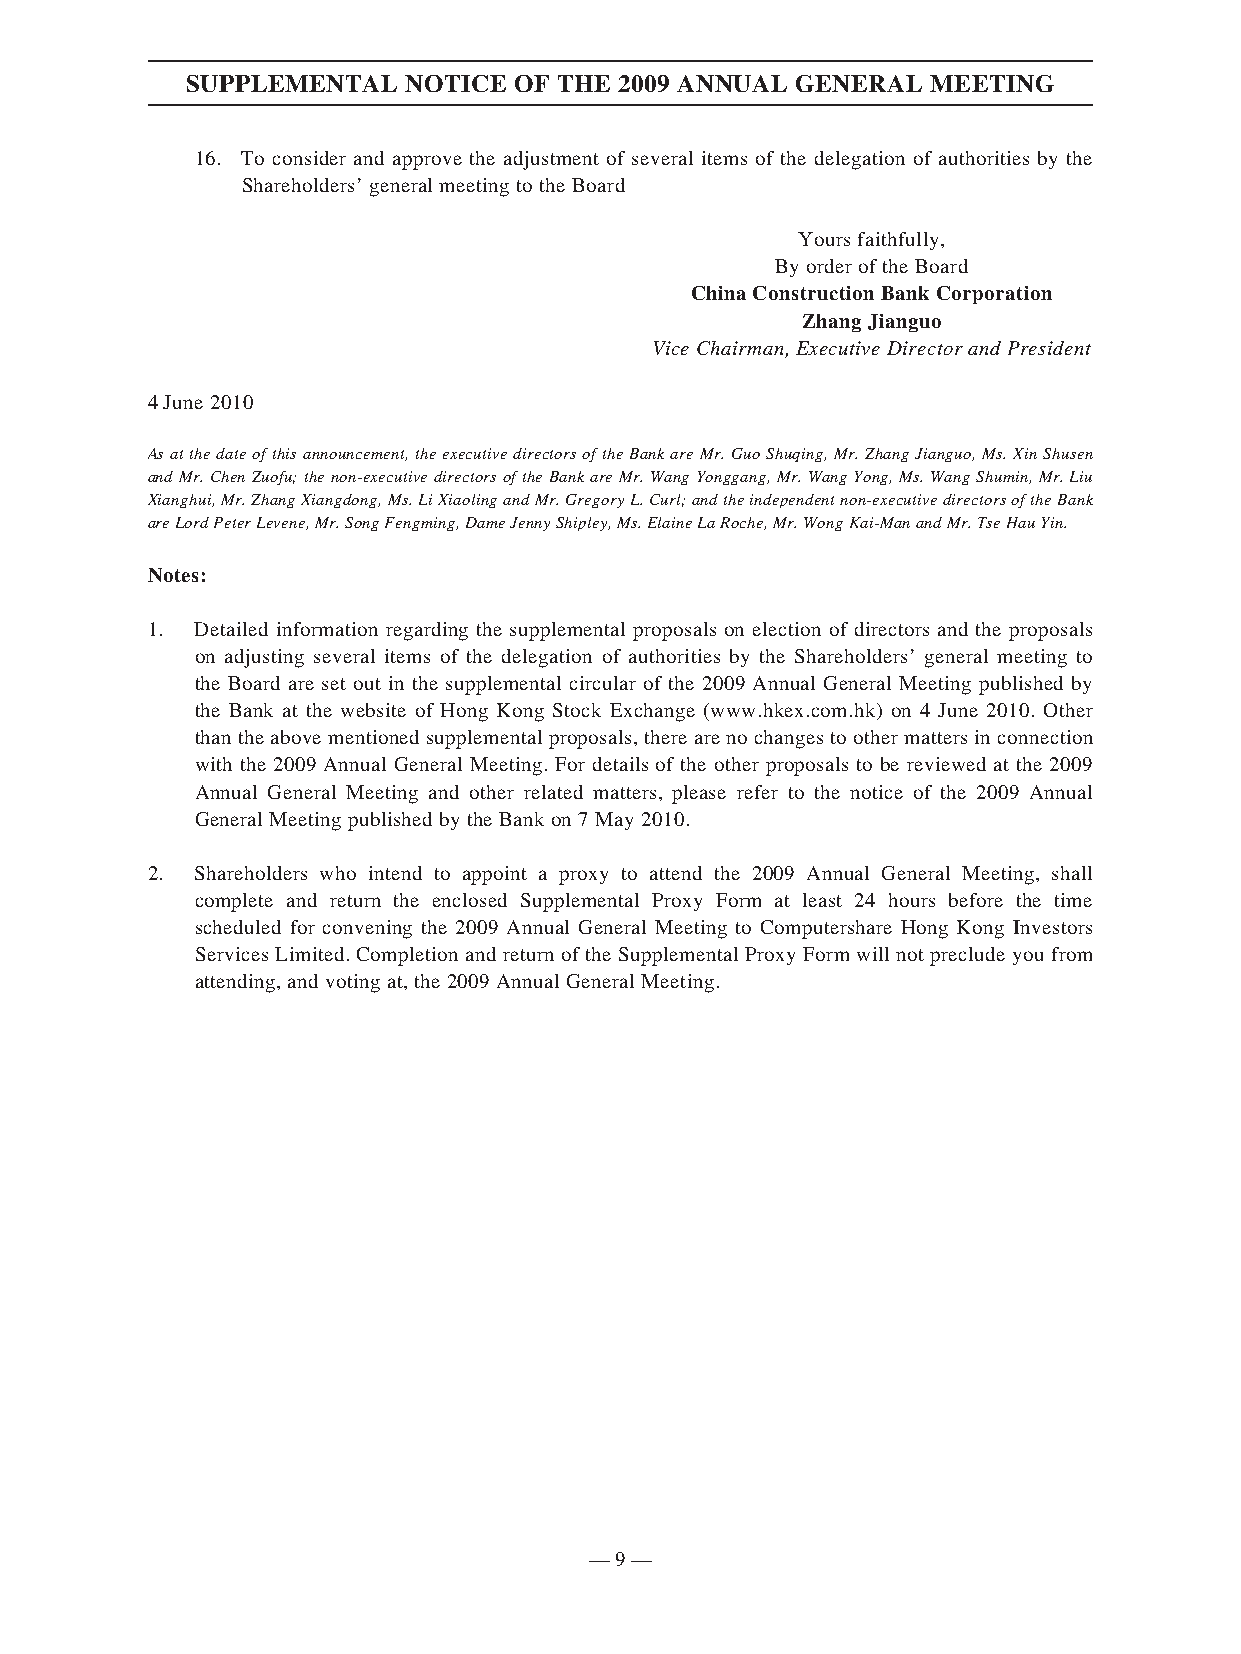
SUPPLEMENTAL   NOTICE OF THE 2009 ANNUAL GENERAL  MEETING
 16. To consider and approve the adjustment of several items of the delegation of authorities by the
 Shareholders’ general meeting to the Board
 Yours faithfully,
 By order of the Board
 China Construction Bank Corporation
 Zhang Jianguo
 Vice Chairman, Executive Director and President
 4 June 2010
 As at the date of this announcement, the executive directors of the Bank are Mr. Guo Shuqing, Mr. Zhang Jianguo, Ms. Xin Shusen
 and Mr. Chen Zuofu; the non-executive directors of the Bank are Mr. Wang Yonggang, Mr. Wang Yong, Ms. Wang Shumin, Mr. Liu
 Xianghui, Mr. Zhang Xiangdong, Ms. Li Xiaoling and Mr. Gregory L. Curl; and the independent non-executive directors of the Bank
 are Lord Peter Levene, Mr. Song Fengming, Dame Jenny Shipley, Ms. Elaine La Roche, Mr. Wong Kai-Man and Mr. Tse Hau Yin.
 Notes:
 1. Detailed information regarding the supplemental proposals on election of directors and the proposals
 on adjusting several items of the delegation of authorities by the Shareholders’ general meeting to
 the Board are set out in the supplemental circular of the 2009 Annual General Meeting published by
 the Bank at the website of Hong Kong Stock Exchange (www.hkex.com.hk) on 4 June 2010. Other
 than the above mentioned supplemental proposals, there are no changes to other matters in connection
 with the 2009 Annual General Meeting. For details of the other proposals to be reviewed at the 2009
 Annual General Meeting and other related matters, please refer to the notice of the 2009 Annual
 General Meeting published by the Bank on 7 May 2010.
 2. Shareholders who intend to appoint a proxy to attend the 2009 Annual General Meeting, shall
 complete and return the enclosed Supplemental Proxy Form at least 24 hours before the time
 scheduled for convening the 2009 Annual General Meeting to Computershare Hong Kong Investors
 Services Limited. Completion and return of the Supplemental Proxy Form will not preclude you from
 attending, and voting at, the 2009 Annual General Meeting.
 — 9 —